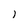
Character: 1